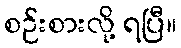
စဉ်းစားလို့ ရပြီ။